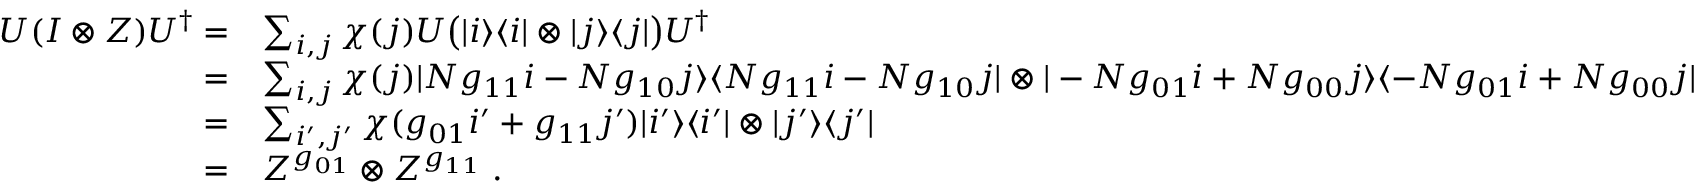
\begin{array} { r l } { U ( I \otimes Z ) U ^ { \dag } = } & { \sum _ { i , j } \chi ( j ) U \big ( | i \rangle \langle i | \otimes | j \rangle \langle j | \big ) U ^ { \dag } } \\ { = } & { \sum _ { i , j } \chi ( j ) | N g _ { 1 1 } i - N g _ { 1 0 } j \rangle \langle N g _ { 1 1 } i - N g _ { 1 0 } j | \otimes | - N g _ { 0 1 } i + N g _ { 0 0 } j \rangle \langle - N g _ { 0 1 } i + N g _ { 0 0 } j | } \\ { = } & { \sum _ { i ^ { \prime } , j ^ { \prime } } \chi ( g _ { 0 1 } i ^ { \prime } + g _ { 1 1 } j ^ { \prime } ) | i ^ { \prime } \rangle \langle i ^ { \prime } | \otimes | j ^ { \prime } \rangle \langle j ^ { \prime } | } \\ { = } & { Z ^ { g _ { 0 1 } } \otimes Z ^ { g _ { 1 1 } } \; . } \end{array}